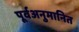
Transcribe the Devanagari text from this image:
पूर्वअनुमानित